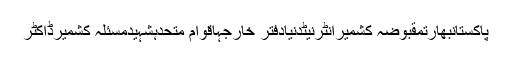
پاکستانبھارتمقبوضہ کشمیرانٹرنیٹدنیادفتر خارجہاقوام متحدہشہیدمسئلہ کشمیرڈاکٹر